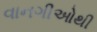
વાનગીઓથી